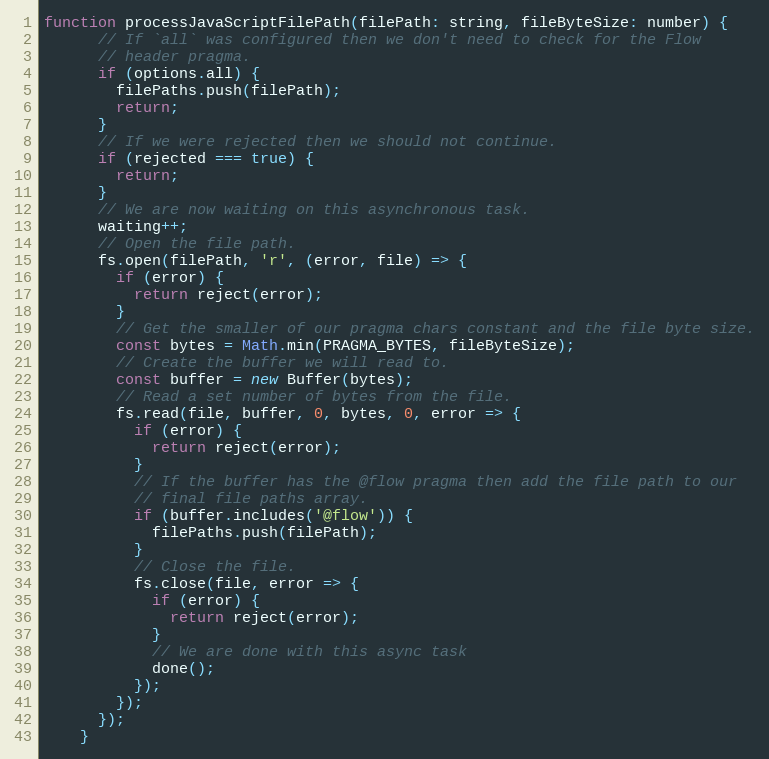
Language: JavaScript
function processJavaScriptFilePath(filePath: string, fileByteSize: number) {
      // If `all` was configured then we don't need to check for the Flow
      // header pragma.
      if (options.all) {
        filePaths.push(filePath);
        return;
      }
      // If we were rejected then we should not continue.
      if (rejected === true) {
        return;
      }
      // We are now waiting on this asynchronous task.
      waiting++;
      // Open the file path.
      fs.open(filePath, 'r', (error, file) => {
        if (error) {
          return reject(error);
        }
        // Get the smaller of our pragma chars constant and the file byte size.
        const bytes = Math.min(PRAGMA_BYTES, fileByteSize);
        // Create the buffer we will read to.
        const buffer = new Buffer(bytes);
        // Read a set number of bytes from the file.
        fs.read(file, buffer, 0, bytes, 0, error => {
          if (error) {
            return reject(error);
          }
          // If the buffer has the @flow pragma then add the file path to our
          // final file paths array.
          if (buffer.includes('@flow')) {
            filePaths.push(filePath);
          }
          // Close the file.
          fs.close(file, error => {
            if (error) {
              return reject(error);
            }
            // We are done with this async task
            done();
          });
        });
      });
    }